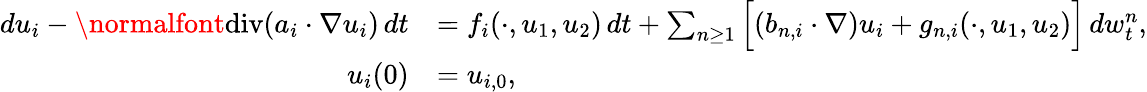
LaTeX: \begin{array}{rl}{du_{i}-\normalfont{\mathrm{div}}(a_{i}\cdot\nabla u_{i})\, dt}&{=f_{i}(\cdot,u_{1},u_{2})\, dt+\sum_{n\geq 1}\Big[(b_{n,i}\cdot\nabla)u_{i}+g_{n,i}(\cdot,u_{1},u_{2})\Big]\, dw_{t}^{n},}\\ {u_{i}(0)}&{=u_{i,0},}\end{array}